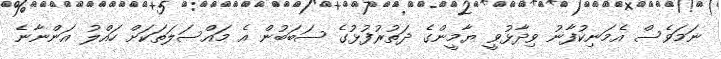
ނަމަވެސް އެމަނިކުފާނު ވިދާޅުވީ ޔާމީންގެ ދަތުރުފުޅުގެ ސަބަބުން އެ މައްސަލަތަކަށް ހައްލު އަންނާނެ